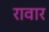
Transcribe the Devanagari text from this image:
रावार